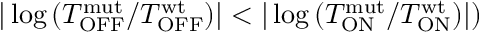
| \log { ( T _ { \mathrm { O F F } } ^ { \mathrm { m u t } } / T _ { \mathrm { O F F } } ^ { \mathrm { w t } } ) } | < | \log { ( T _ { \mathrm { O N } } ^ { \mathrm { m u t } } / T _ { \mathrm { O N } } ^ { \mathrm { w t } } ) } | )